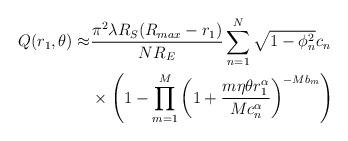
LaTeX: \begin{align*} Q(r_1,\theta)\approx &\frac{\pi^2\lambda R_S(R_{max}-r_1)}{NR_E}\sum_{n=1}^N\sqrt{1-\phi_n^2} c_n\\ &\times\left(1-\prod_{m=1}^{M}{\left(1+\frac{m\eta\theta r_1^{\alpha}}{Mc_n^{\alpha}}\right)^{-Mb_m}}\right)\end{align*}